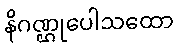
နိဂဏ္ဌုပေါသထော